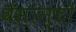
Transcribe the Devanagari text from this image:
वेसान्टो